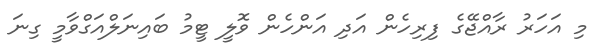
މި އަހަރު ރާއްޖޭގެ ފިރިހެން އަދި އަންހެން ވޮލީ ޓީމު ބައިނަލްއަގްވާމީ ގިނަ